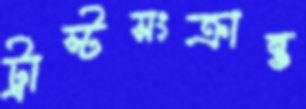
ট্রাস্টসংক্রান্ত